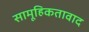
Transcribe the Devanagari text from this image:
सामूहिकतावाद